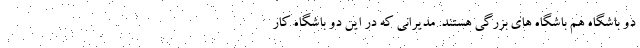
دو باشگاه هم باشگاه های بزرگی هستند. مدیرانی که در این دو باشگاه کار